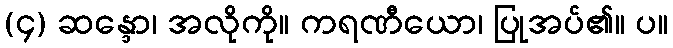
(၄) ဆန္ဒော၊ အလိုကို။ ကရဏီယော၊ ပြုအပ်၏။ ပ။